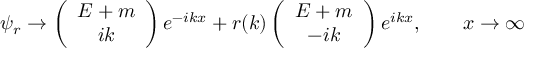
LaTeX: \psi _ { r } \to \left( \begin{array} { c } { { E + m } } \\ { { i k } } \end{array} \right) e ^ { - i k x } + r ( k ) \left( \begin{array} { c } { { E + m } } \\ { { - i k } } \end{array} \right) e ^ { i k x } , \qquad x \to \infty